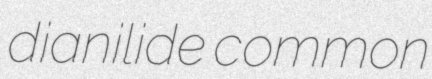
dianilide common